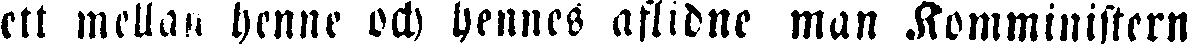
ett mellan henne och hennes aflidne man Komministern